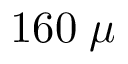
1 6 0 \; \mu